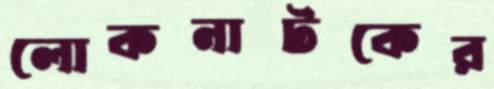
লোকনাটকের